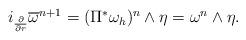
LaTeX: \begin{align*}\begin{array}[c]{c}i_{\frac{\partial}{\partial r}}\overline{\omega}^{n+1}=(\Pi^{\ast}\omega_{h})^{n}\wedge\eta=\omega^{n}\wedge\eta.\end{array}\end{align*}